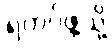
ရဲတပ်ဖွဲ့သို့